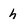
Character: h